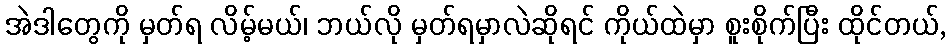
အဲဒါတွေကို မှတ်ရ လိမ့်မယ်၊ ဘယ်လို မှတ်ရမှာလဲဆိုရင် ကိုယ်ထဲမှာ စူးစိုက်ပြီး ထိုင်တယ်,